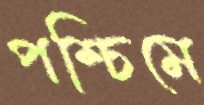
পশ্চিমে